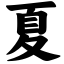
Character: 夏